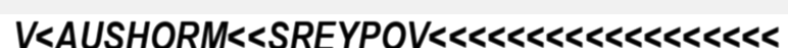
V<AUSHORM<<SREYPOV<<<<<<<<<<<<<<<<<<